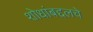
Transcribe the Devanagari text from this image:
शोधांबद्दलचे